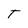
Character: T